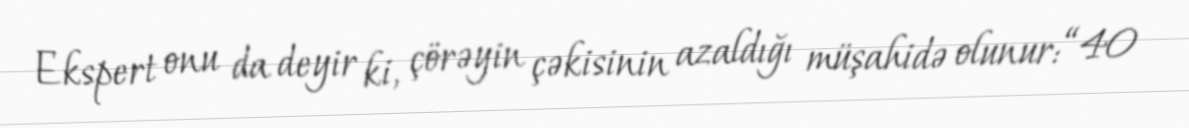
Ekspert onu da deyir ki, çörəyin çəkisinin azaldığı müşahidə olunur: “40